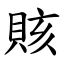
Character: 賅